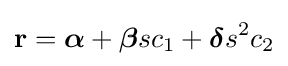
\mathbf {r} ={\boldsymbol {\alpha }}+{\boldsymbol {\beta }}sc_{1}+{\boldsymbol {\delta }}s^{2}c_{2}